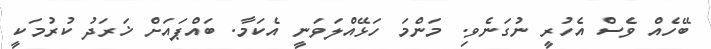
ބޭހެއް ވެސް އެހުރީ ނުގަނެވި. މަންމަ ހަޅޭއްލަވަނީ އެކަމާ. ބައްޕައަށް ޚަރަދު ކުރުމަކީ